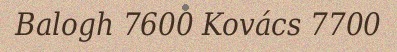
Balogh 7600 Kovács 7700